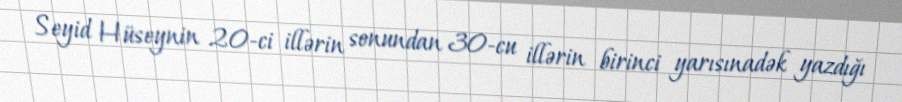
Seyid Hüseynin 20-ci illərin sonundan 30-cu illərin birinci yarısınadək yazdığı